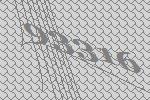
93316